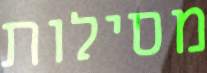
מסילות